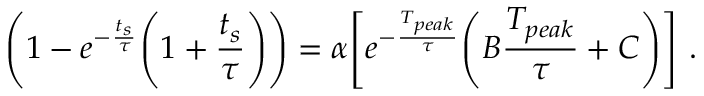
\Bigg ( 1 - e ^ { - \frac { t _ { s } } { \tau } } \Bigg ( 1 + \frac { t _ { s } } { \tau } \Bigg ) \Bigg ) = \alpha \Bigg [ e ^ { - \frac { T _ { p e a k } } { \tau } } \Bigg ( B \frac { T _ { p e a k } } { \tau } + C \Bigg ) \Bigg ] ~ .